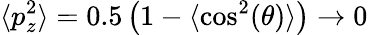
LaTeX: \langle p_{z}^{2}\rangle=0.5\left(1-\langle\cos^{2}(\theta)\rangle\right)\rightarrow 0